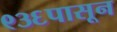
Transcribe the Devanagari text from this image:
९३६पासून